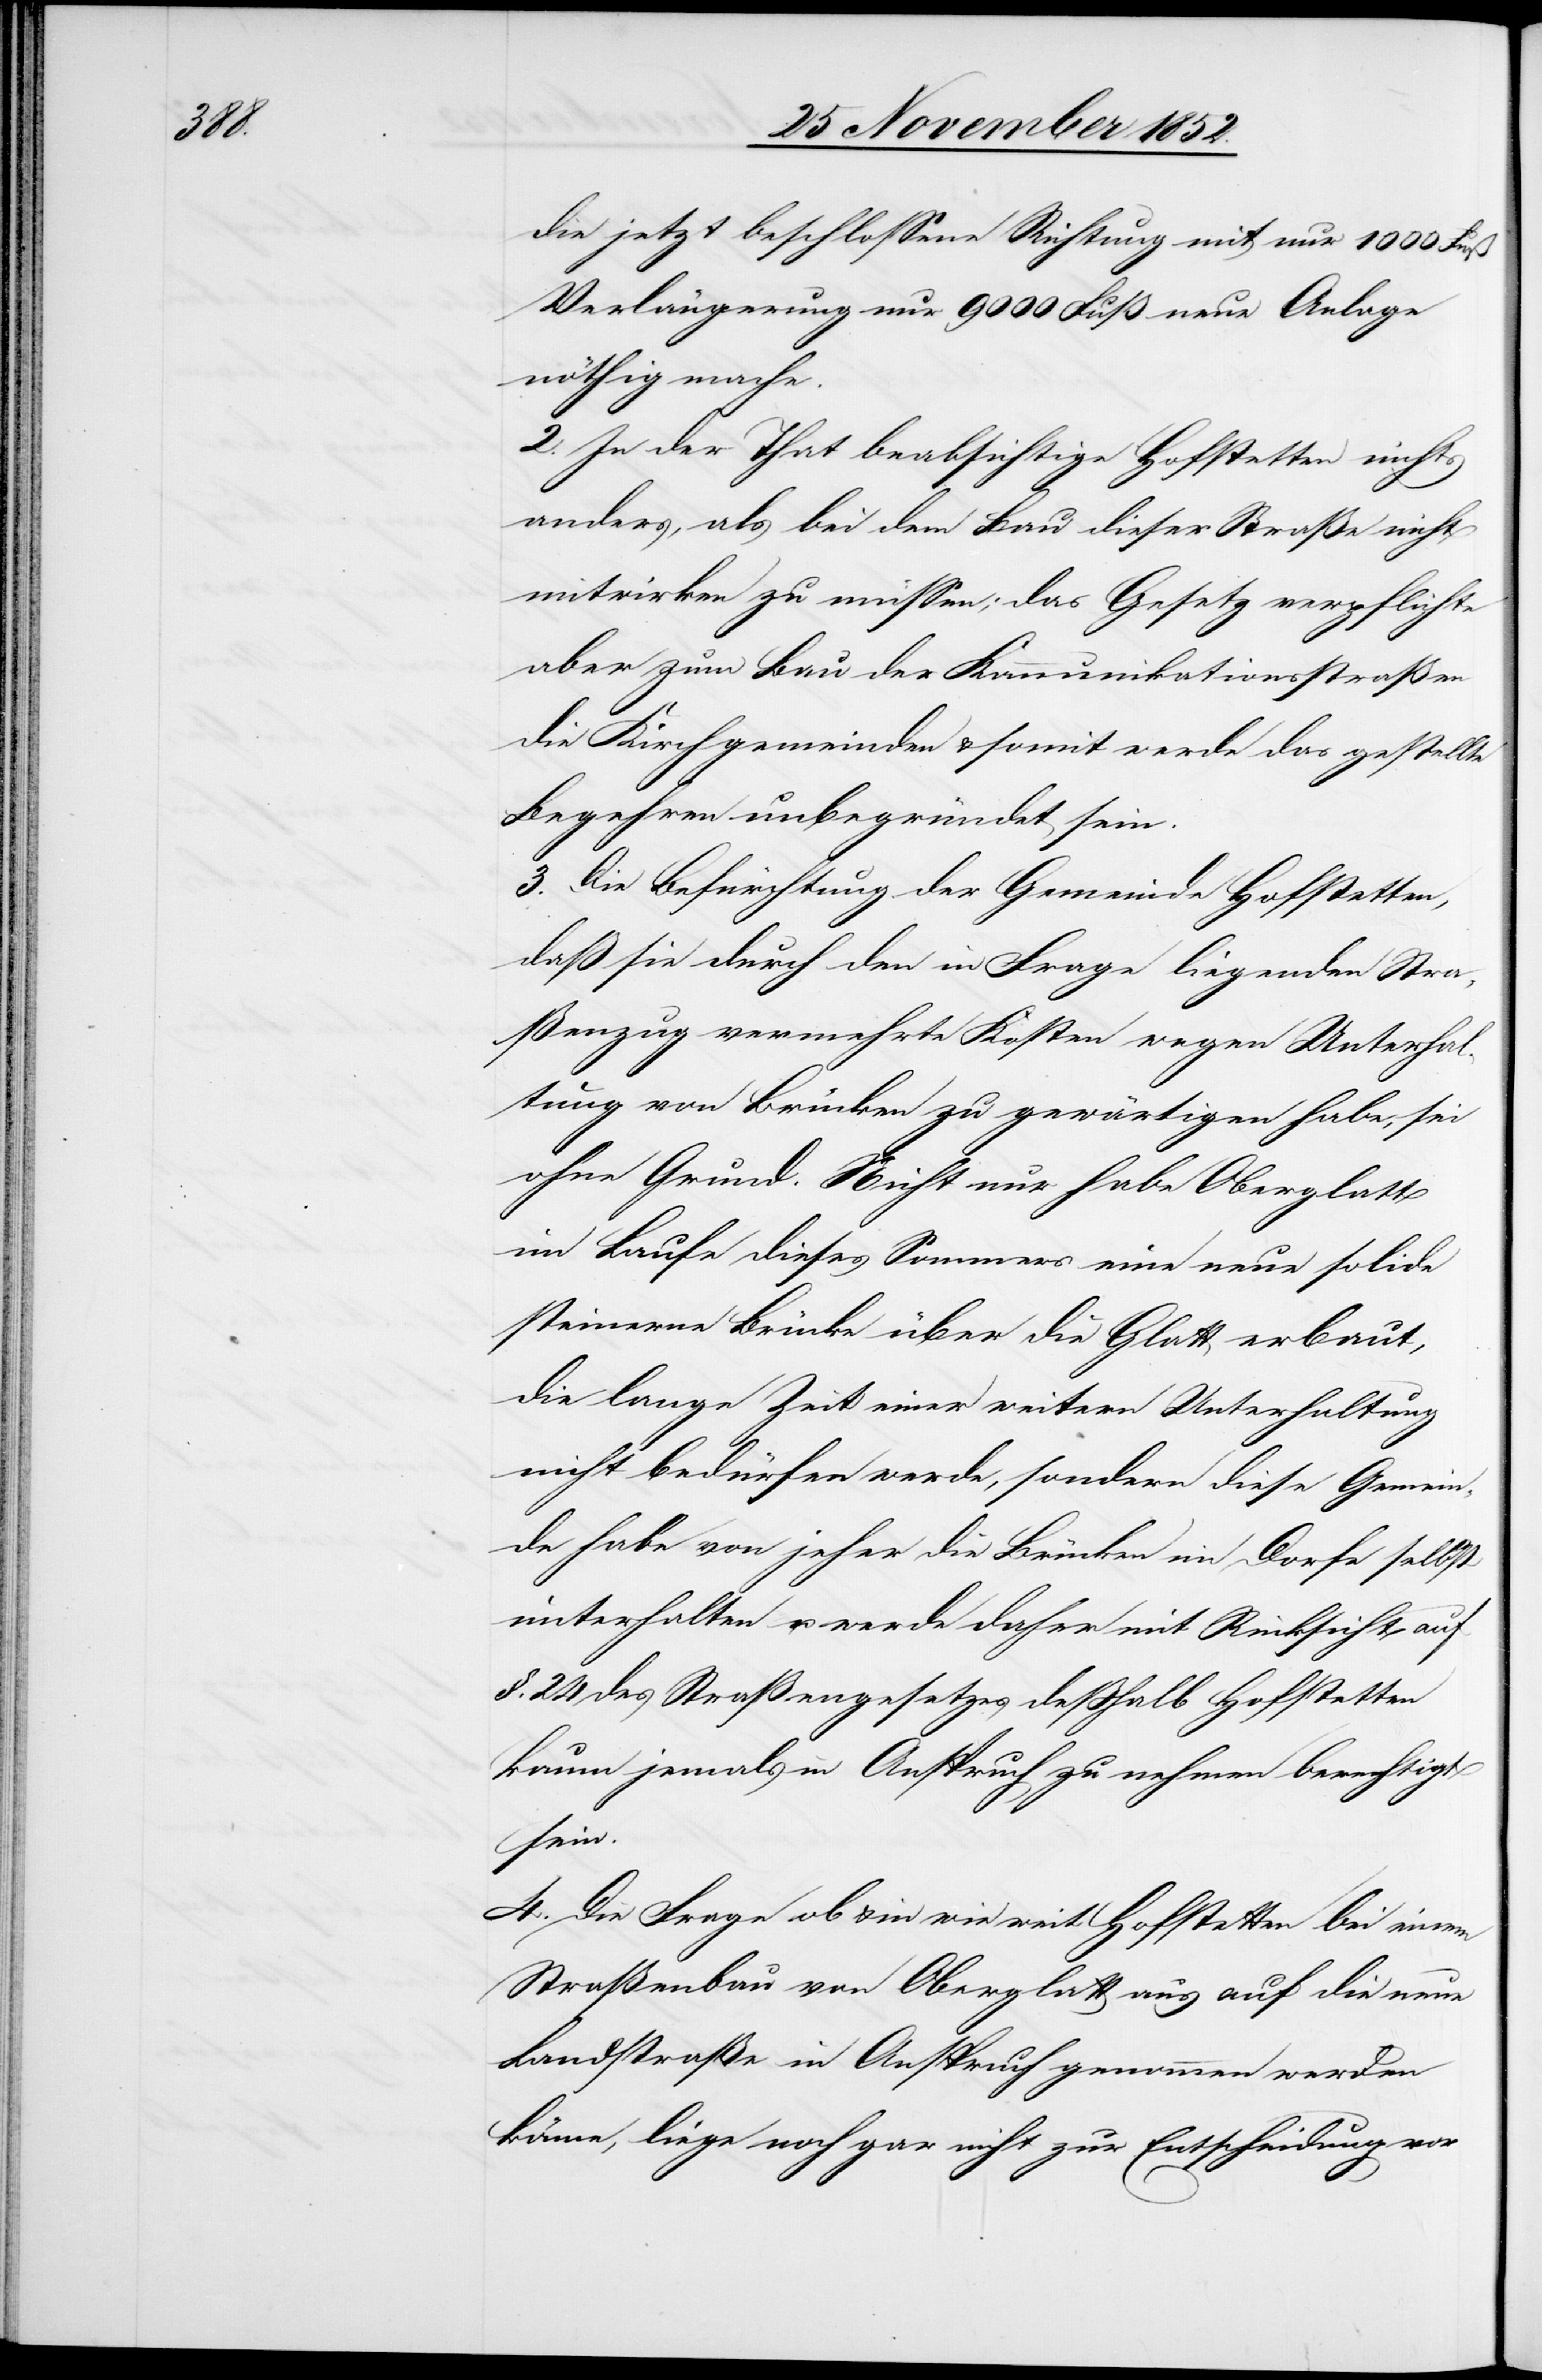
die jetzt beschlossene Richtung mit nur 1000 Fuß
Verlängerung nur 9000 Fuß neue Anlage
nöthig mache.
2. In der That beabsichtige Hofstetten nichts
anders, als bei dem Bau dieser Straße nicht
mitwirken zu müssen; das Gesetz verpflichte
aber zum Bau der Kommunikationsstraßen
die Kirchgemeinden & somit werde das gestellte
Begehren unbegründet sein.
3. Die Befürchtung der Gemeinde Hofstetten,
daß sie durch den in Frage liegenden Stra¬
ßenzug vermehrte Kosten wegen Unterhal¬
tung von Brücken zu gewärtigen habe, sei
ohne Grund. Nicht nur habe Oberglatt
im Laufe dieses Sommers eine neue solide
steinerne Brücke über die Glatt erbaut,
die lange Zeit einer weitern Unterhaltung
nicht bedürfen werde, sondern diese Gemein¬
de habe von jeher die Brücken im Dorfe selbst
unterhalten u. werde daher mit Rücksicht auf
§. 24 des Straßengesetzes deßhalb Hofstetten
kaum jemals in Anspruch zu nehmen berechtigt
sein.
4. Die Frage ob & in wie weit Hofstetten bei einem
Straßenbau von Oberglatt aus auf die neue
Landstraße in Anspruch genommen werden
könne, liege noch gar nicht zur Entscheidung vor